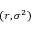
( r , \sigma ^ { 2 } )